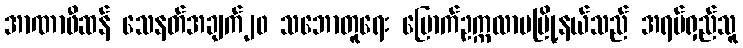
အာဏာဖီဆန် သေနတ်အချက်၂၀ သဘောတူရေး မြောက်ဥက္ကလာပမြို့နယ်သည် အရပ်ရှည်သူ